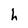
Character: L